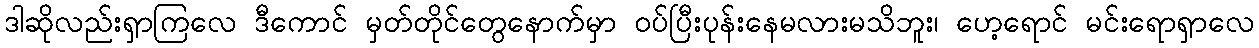
ဒါဆိုလည်းရှာကြလေ ဒီကောင် မှတ်တိုင်တွေနောက်မှာ ဝပ်ပြီးပုန်းနေမလားမသိဘူး၊ ဟေ့ရောင် မင်းရောရှာလေ